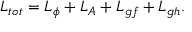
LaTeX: { \cal L } _ { t o t } = { \cal L } _ { \phi } + { \cal L } _ { A } + { \cal L } _ { g f } + { \cal L } _ { g h } .